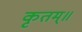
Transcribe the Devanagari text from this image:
कृतम्॥